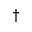
^ { \dagger }